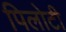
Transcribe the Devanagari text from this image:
पिलोटी